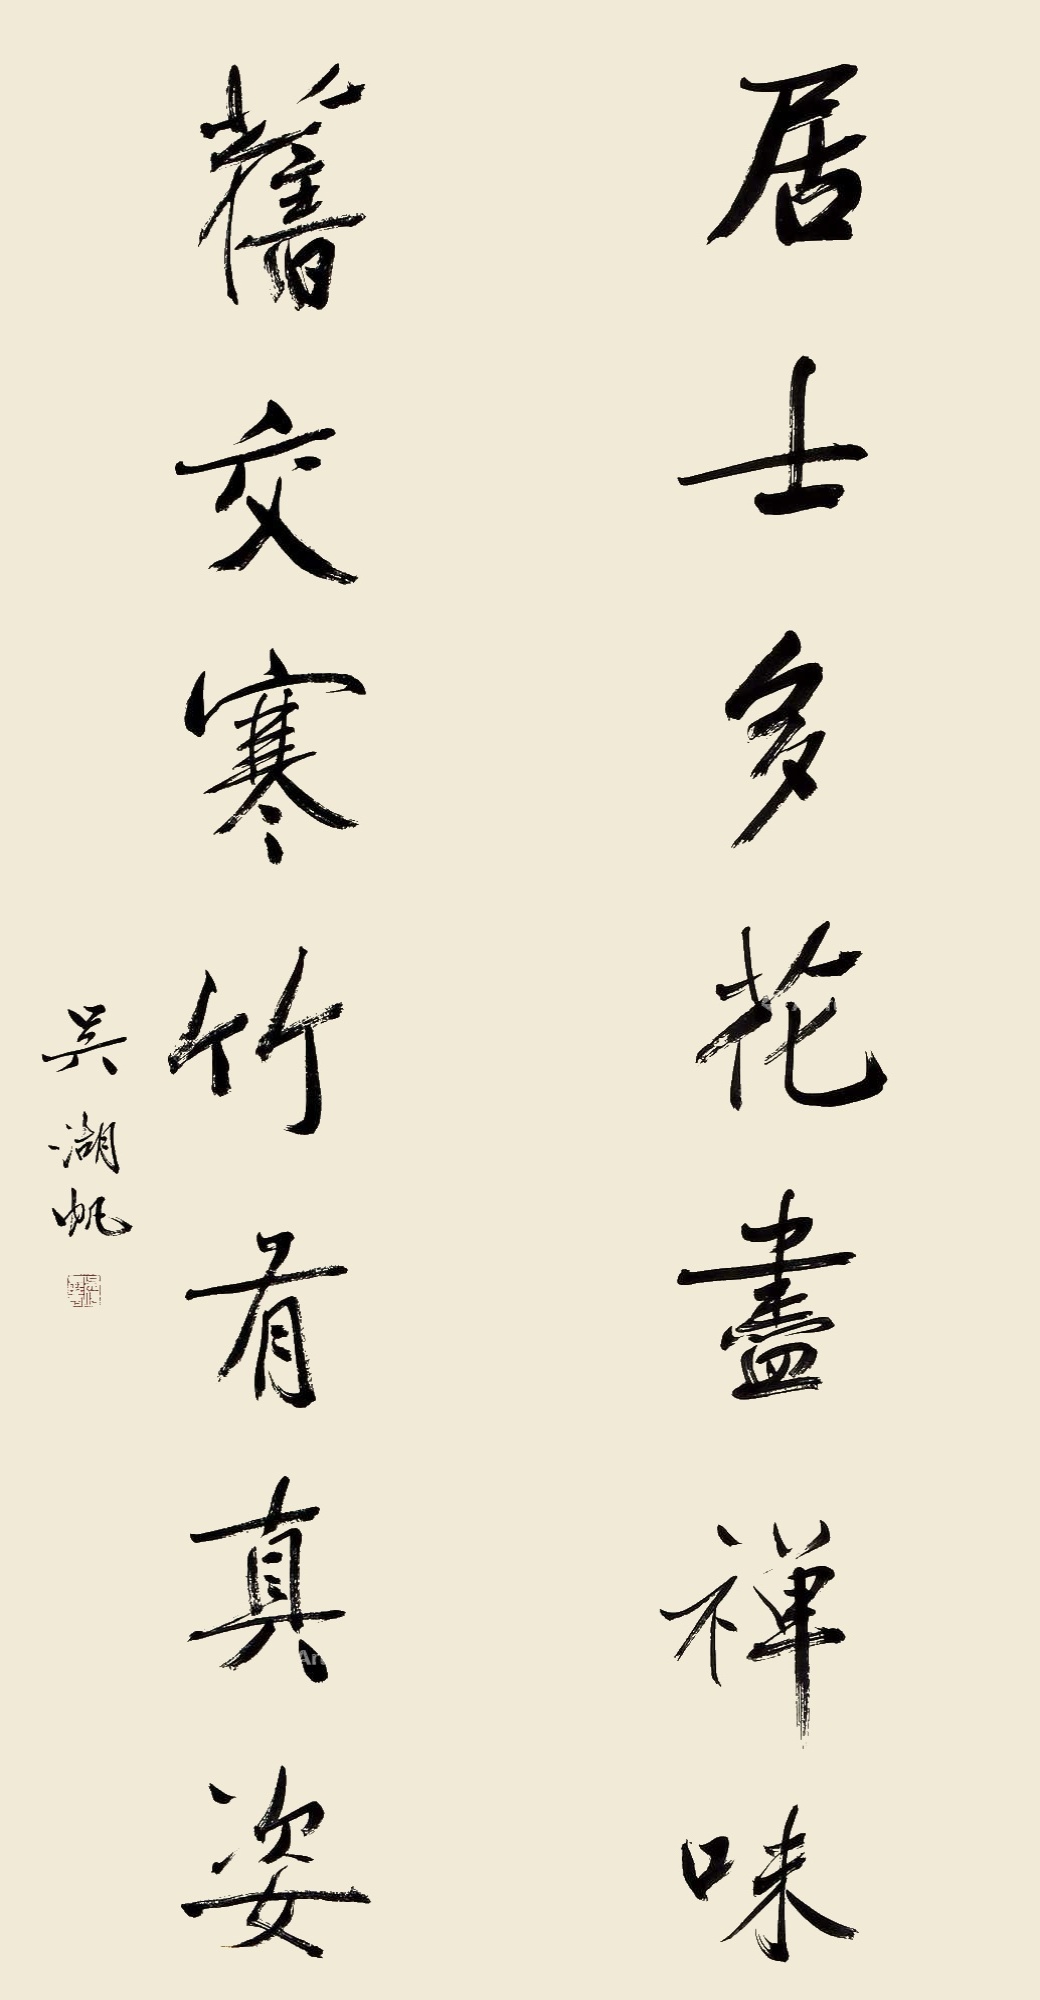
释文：居士多花尽禅味，旧交寒竹有真姿。吴湖帆。